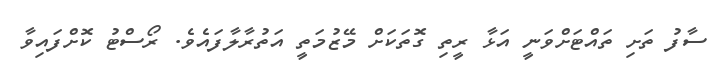
ސާފު ތަށި ތައްޓަށްވަނީ އަޅާ ރީތި ގޮތަކަށް މޭޒުމަތީ އަތުރާލާފައެވެ. ރޯސްޓު ކޮށްފައިވާ